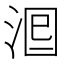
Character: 𣴵